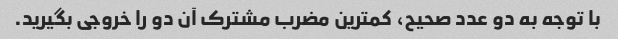
با توجه به دو عدد صحیح، کمترین مضرب مشترک آن دو را خروجی بگیرید.